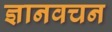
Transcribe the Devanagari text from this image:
ज्ञानवचन